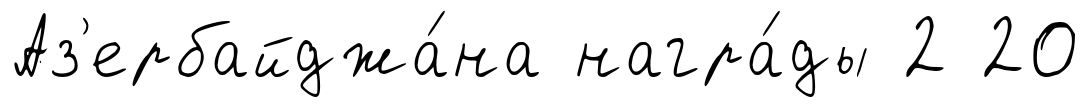
Аз'ербайджа́на награ́ды 2 20